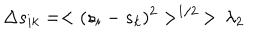
LaTeX: \Delta s _ { i k } = < ( s _ { i } - s _ { k } ) ^ { 2 } > ^ { 1 / 2 } \, > \, \lambda _ { 2 }